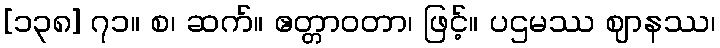
[၁၃၈] ၇၁။ စ၊ ဆက်။ ဧတ္တာဝတာ၊ ဖြင့်။ ပဌမဿ ဈာနဿ၊